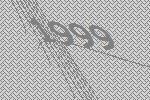
1999